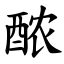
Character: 䙶